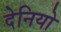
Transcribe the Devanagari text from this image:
देनियो